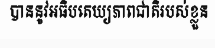
បាននូវអធិបតេយ្យភាពជាតិរបស់ខ្លួន